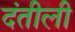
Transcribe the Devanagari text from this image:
दंतीली